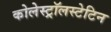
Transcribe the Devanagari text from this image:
कोलेस्ट्रॉलस्टेटिन